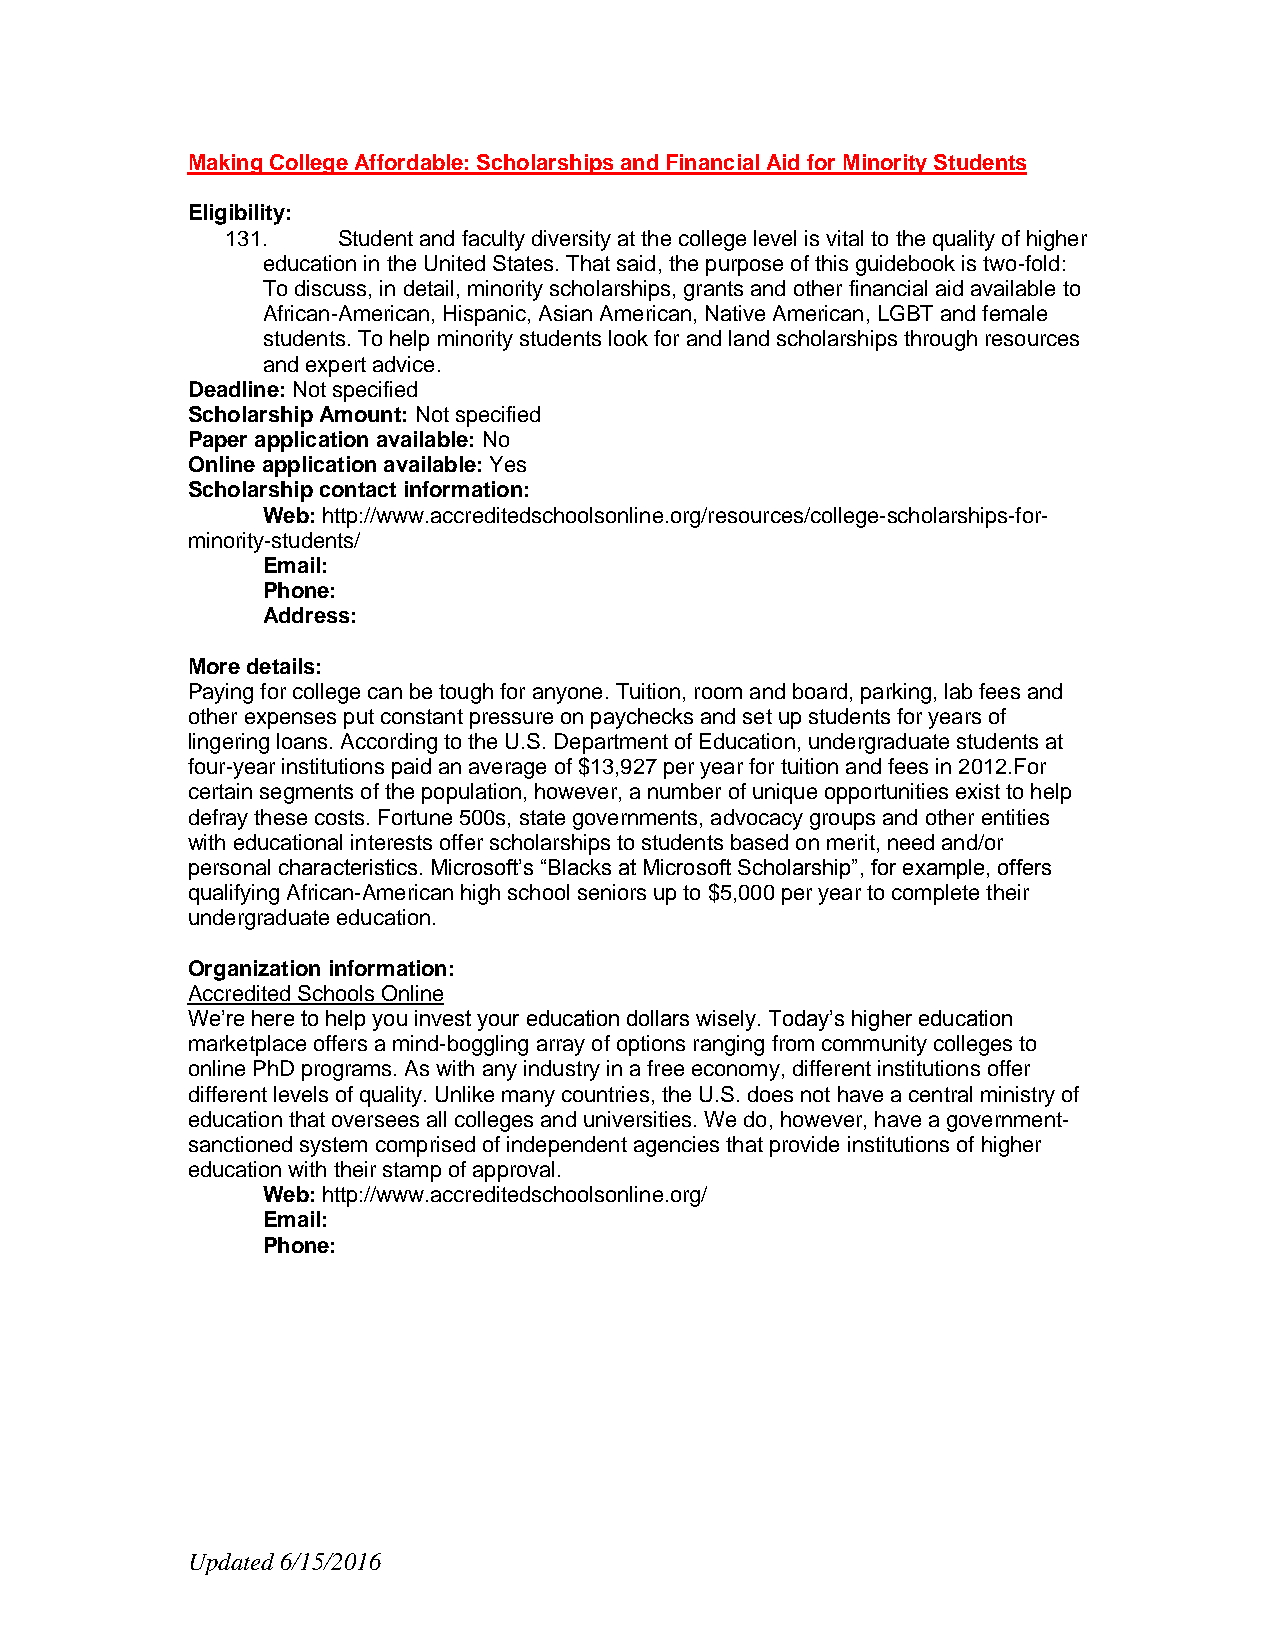
Making College Affordable: Scholarships and Financial Aid for Minority Students
 Eligibility:
 131.   Student and faculty diversity at the college level is vital to the quality of higher
 education in the United States. That said, the purpose of this guidebook is two-fold:
 To discuss, in detail, minority scholarships, grants and other financial aid available to
 African-American, Hispanic, Asian American, Native American, LGBT and female
 students. To help minority students look for and land scholarships through resources
 and expert advice.
 Deadline: Not specified
 Scholarship Amount: Not specified
 Paper application available: No
 Online application available: Yes
 Scholarship contact information:
 Web: http://www.accreditedschoolsonline.org/resources/college-scholarships-for-
 minority-students/
 Email:
 Phone:
 Address:
 More details:
 Paying for college can be tough for anyone. Tuition, room and board, parking, lab fees and
 other expenses put constant pressure on paychecks and set up students for years of
 lingering loans. According to the U.S. Department of Education, undergraduate students at
 four-year institutions paid an average of $13,927 per year for tuition and fees in 2012.For
 certain segments of the population, however, a number of unique opportunities exist to help
 defray these costs. Fortune 500s, state governments, advocacy groups and other entities
 with educational interests offer scholarships to students based on merit, need and/or
 personal characteristics. Microsoft’s “Blacks at Microsoft Scholarship”, for example, offers
 qualifying African-American high school seniors up to $5,000 per year to complete their
 undergraduate education.
 Organization information:
 Accredited Schools Online
 We’re here to help you invest your education dollars wisely. Today’s higher education
 marketplace offers a mind-boggling array of options ranging from community colleges to
 online PhD programs. As with any industry in a free economy, different institutions offer
 different levels of quality. Unlike many countries, the U.S. does not have a central ministry of
 education that oversees all colleges and universities. We do, however, have a government-
 sanctioned system comprised of independent agencies that provide institutions of higher
 education with their stamp of approval.
 Web: http://www.accreditedschoolsonline.org/
 Email:
 Phone:
 Updated 6/15/2016